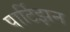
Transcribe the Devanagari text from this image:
पार्टिझन